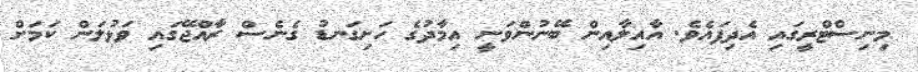
މިނިސްޓްރީގައި އެދިފައެވެ. އާއިލާއިން ބޭނުންވަނީ އިމާދުގެ ހަށިގަނޑު ގެނެސް ރާއްޖޭގައި ވަޅުލަން ކަމަށް